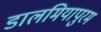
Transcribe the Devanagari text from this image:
डालमियापुरम